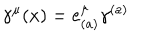
\gamma ^ { \mu } ( x ) = e _ { ( a ) } ^ { \mu } \gamma ^ { ( a ) }